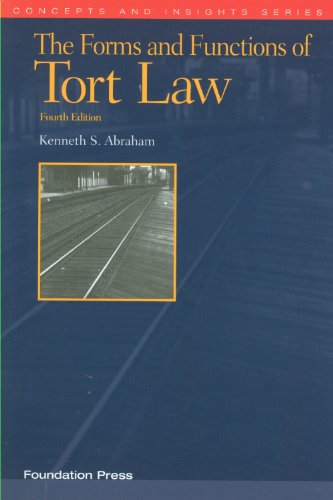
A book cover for The Forms and Functions of Tort Law (Concepts and Insights); Kenneth Abraham; Law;